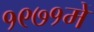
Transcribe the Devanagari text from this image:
१९७१में